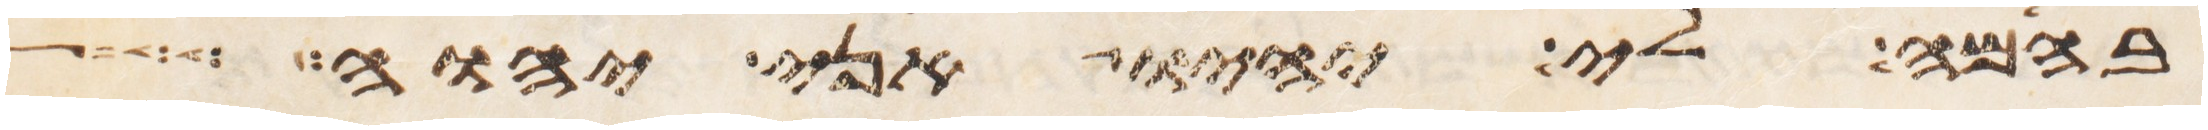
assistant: בהמה לי יהיו אני יהוה